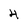
Character: 4